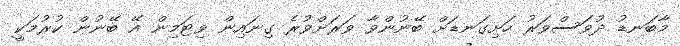
މާބަނޑު ދުވަސްވަރު ހަށިގަނޑަށް ބޭނުންވާ ވަރަށްވުރެ ގިނައިން ވިޓަމިން އޭ ބޭނުން ކުރުމަކީ